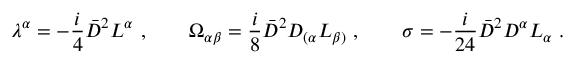
\lambda ^ { \alpha } = - \frac { i } { 4 } { \bar { D } } ^ { 2 } L ^ { \alpha } \ , \qquad \Omega _ { \alpha \beta } = \frac { i } { 8 } { \bar { D } } ^ { 2 } D _ { ( \alpha } L _ { \beta ) } \ , \qquad \sigma = - \frac { i } { 2 4 } { \bar { D } } ^ { 2 } D ^ { \alpha } L _ { \alpha } \ .